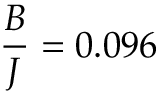
\frac { B } { J } = 0 . 0 9 6